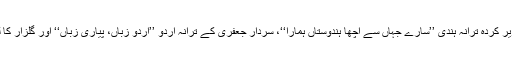
اس ضمن میں طلبا و طالبات کی ٹیم نے اقبال کے تحریر کردہ ترانۂ ہندی ’’سارے جہاں سے اچھا ہندوستاں ہمارا‘‘، سردار جعفری کے ترانۂ اردو ’’اردو زباں، پیاری زباں‘‘ اور گلزار کا لکھا یونیورسٹی ترانہ ’’یہ جامعۂ زبانِ اردو‘‘ پیش کیا۔